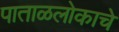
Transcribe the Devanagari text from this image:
पाताळलोकाचे